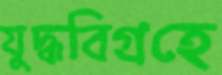
যুদ্ধবিগ্রহে